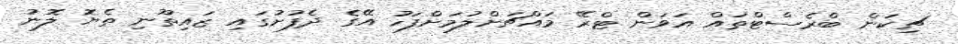
ޗިކަން ބްރެސްޓްތައް އަވަން ޓްރޭ މައްޗަށްލުމަށްފަހު އޭގެ ދެފުށުގައި ޒައިތޫނި ތެޔޮ ލޮނު